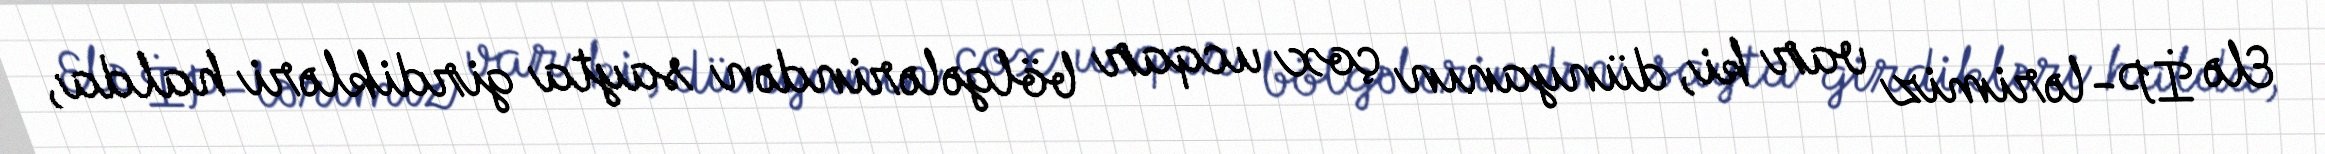
Elə İP-lərimiz var ki, dünyanın çox ucqar bölgələrindən sayta girdikləri halda,